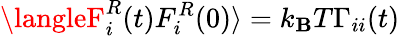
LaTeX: \langleF_{i}^{R}(t)F_{i}^{R}(0)\rangle=k_{\mathbf{B}}T\Gamma_{ii}(t)